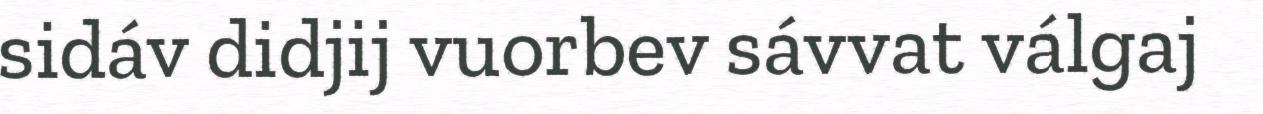
sidáv didjij vuorbev sávvat válgaj